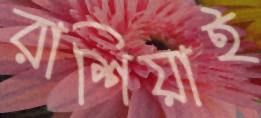
রাশিয়াই